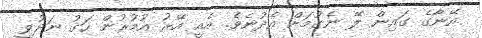
އޭނާގެ ގައިން ލޭ ނެގުމަށް އެދުނެވެ. އެއީ އޭރު އުމުރުން ހަގު ނަދުވީ